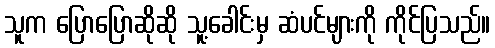
သူက ပြောပြောဆိုဆို သူ့ခေါင်းမှ ဆံပင်များကို ကိုင်ပြသည်။